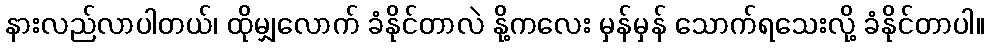
နားလည်လာပါတယ်၊ ထိုမျှလောက် ခံနိုင်တာလဲ နို့ကလေး မှန်မှန် သောက်ရသေးလို့ ခံနိုင်တာပါ။